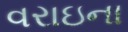
વરાઇના